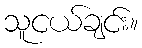
သူငယ်ချင်း။